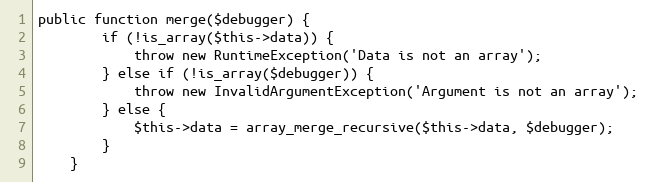
Language: PHP
public function merge($debugger) {
		if (!is_array($this->data)) {
			throw new RuntimeException('Data is not an array');
		} else if (!is_array($debugger)) {
			throw new InvalidArgumentException('Argument is not an array');
		} else {
			$this->data = array_merge_recursive($this->data, $debugger);
		}
	}